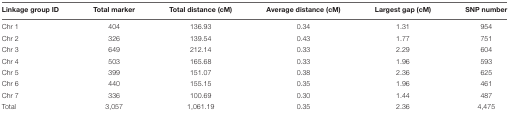
| Linkage group ID | Total marker | Total distance (cM) | Average distance (cM) | Largest gap (cM) | SNP number |
 | --- | --- | --- | --- | --- | --- |
 | Chr 1 | 404 | 136.93 | 0.34 | 1.31 | 954 |
 | Chr 2 | 326 | 139.54 | 0.43 | 1.77 | 751 |
 | Chr 3 | 649 | 212.14 | 0.33 | 2.29 | 604 |
 | Chr 4 | 503 | 165.68 | 0.33 | 1.96 | 593 |
 | Chr 5 | 399 | 151.07 | 0.38 | 2.36 | 625 |
 | Chr 6 | 440 | 155.15 | 0.35 | 1.96 | 461 |
 | Chr 7 | 336 | 100.69 | 0.30 | 1.44 | 487 |
 | Total | 3,057 | 1,061.19 | 0.35 | 2.36 | 4,475 |